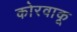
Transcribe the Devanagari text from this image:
कोरवाकू